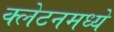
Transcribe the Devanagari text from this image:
क्लेटनमध्ये